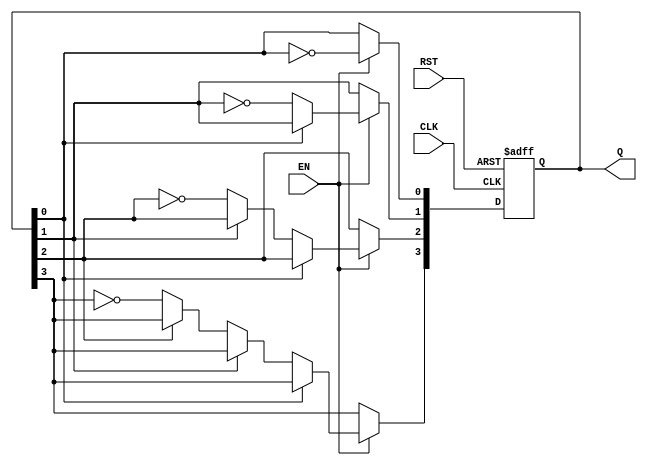
module async_counter (
    input wire CLK,      // Clock input
    input wire RST,      // Asynchronous reset
    input wire EN,       // Enable signal
    output reg [3:0] Q   // 4-bit output
);

// Asynchronous counter logic
always @(posedge CLK or posedge RST) begin
    if (RST) begin
        Q <= 4'b0000;  // Reset the counter to 0
    end else if (EN) begin
        Q[0] <= ~Q[0];  // Toggle LSB
        if (Q[0] == 1'b0) begin
            Q[1] <= ~Q[1];  // Toggle second bit if LSB goes from 1 to 0
            if (Q[1] == 1'b0) begin
                Q[2] <= ~Q[2];  // Toggle third bit if second bit goes from 1 to 0
                if (Q[2] == 1'b0) begin
                    Q[3] <= ~Q[3];  // Toggle MSB if third bit goes from 1 to 0
                end
            end
        end
    end
end

endmodule